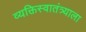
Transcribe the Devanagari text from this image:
व्यक्तिस्वातंत्र्याला